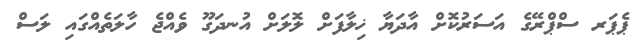
ޕެޕަރ ސްޕްރޭގެ އަސަރުކޮށް އާދަޔާ ޚިލާފަށް ލޮލަށް އުނދަގޫ ވެއްޖެ ހާލަތެއްގައި ލަސް